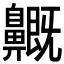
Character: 𪖺